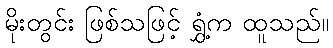
မိုးတွင်း ဖြစ်သဖြင့် ရွှံ့က ထူသည်။